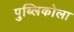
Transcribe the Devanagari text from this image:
पुब्लिकोला